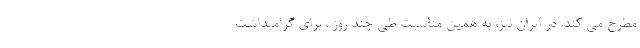
مطرح می کند. در ایران نیز‌، به همین مناسبت طی چند روز ، برای گرامیداشت